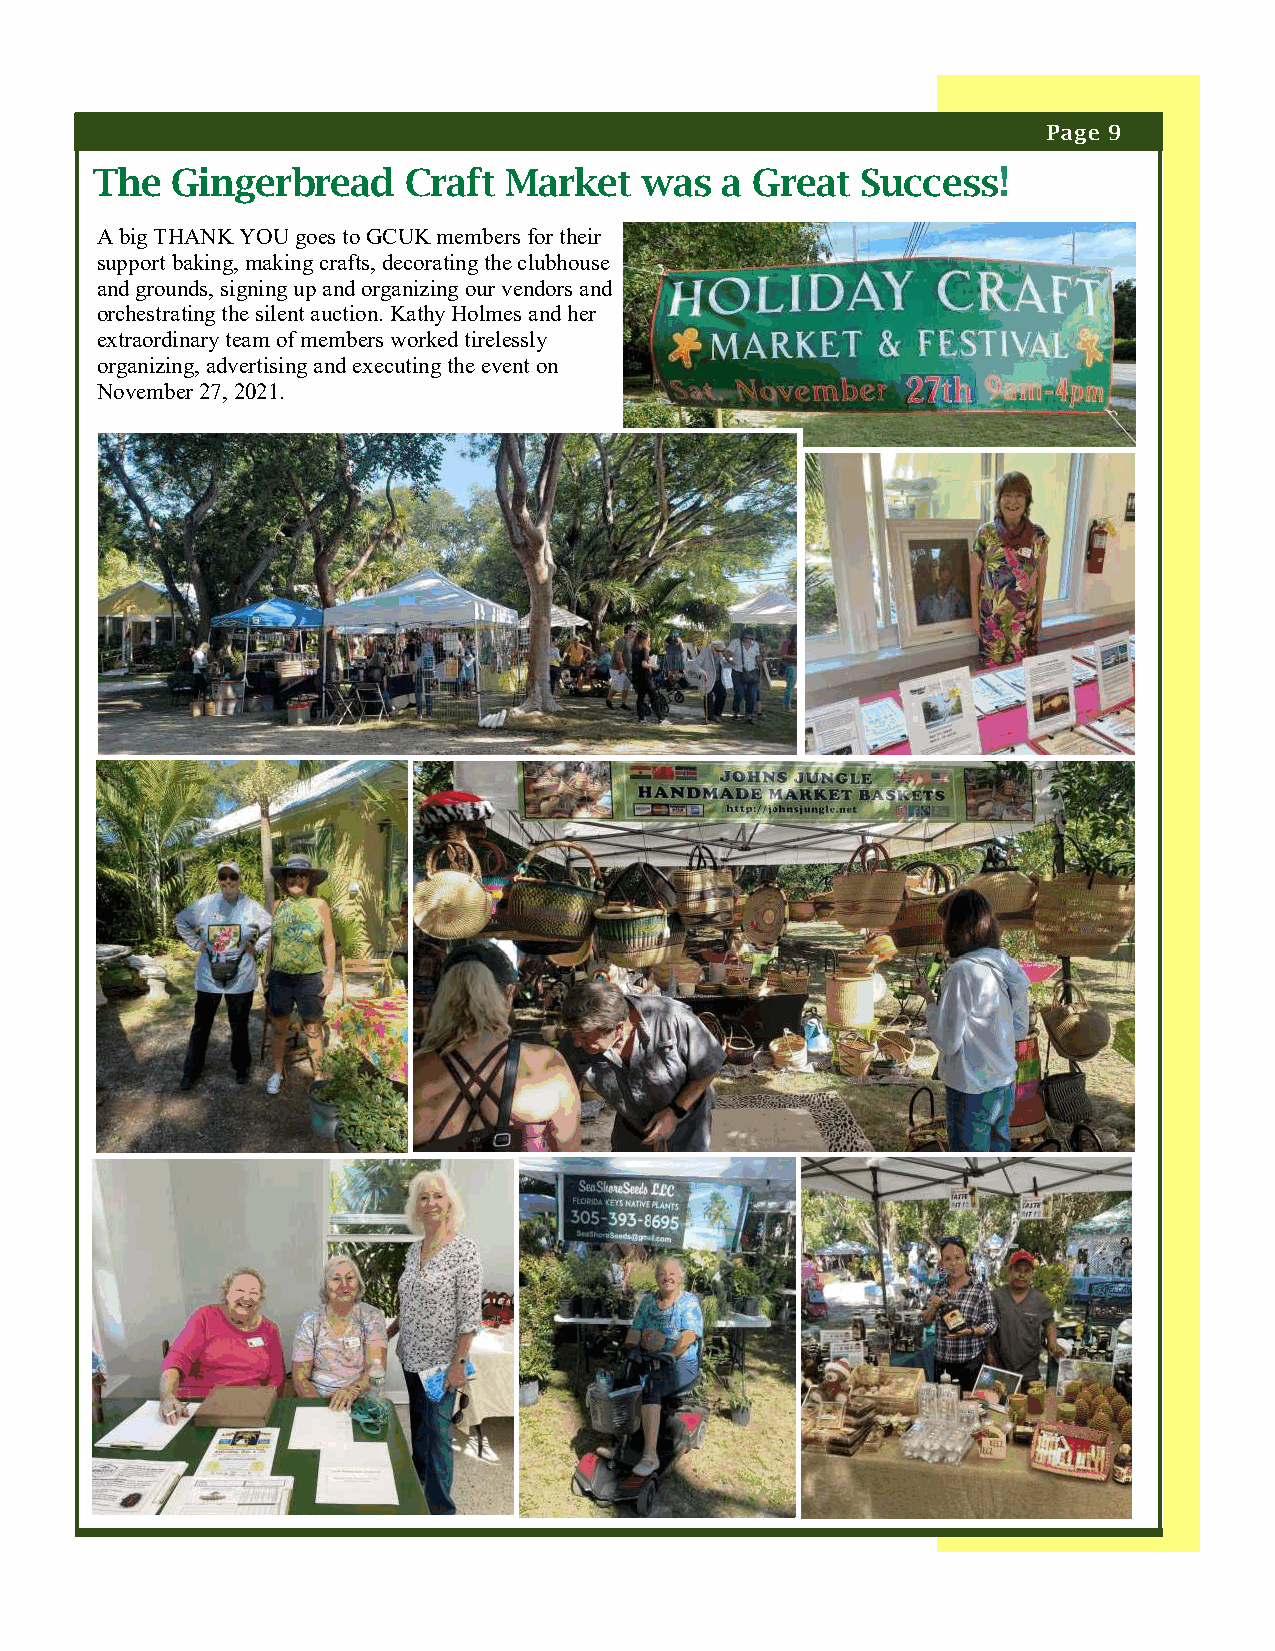
Page 9
 The  Gingerbread     Craft Market   was   a Great  Success!
 A big THANK YOU goes to GCUK members for their
 support baking, making crafts, decorating the clubhouse
 and grounds, signing up and organizing our vendors and
 orchestrating the silent auction. Kathy Holmes and her
 extraordinary team of members worked tirelessly
 organizing, advertising and executing the event on
 November 27, 2021.